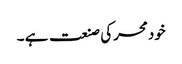
خودمحرکی صنعت ہے ۔